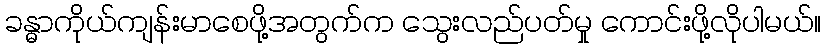
ခန္ဓာကိုယ်ကျန်းမာစေဖို့အတွက်က သွေးလည်ပတ်မှု ကောင်းဖို့လိုပါမယ်။